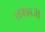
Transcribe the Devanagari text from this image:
लफ्फाजी